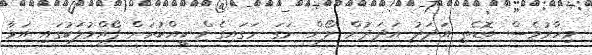
މިހާރުވެސް ބޮޑެތި އަދަދު އަދަދުން ލޯން ނަގަ ނަގައިގެން ކީއްކުރަން ފޯއްމުލަކުގައި އަޅާ